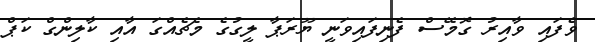
ވެފައި ވާއިރު ގޮމޭސް ފެނިފައިވަނީ ޔޫރަޕާ ލީގުގެ މެޗެއްގަ އާއި ކާލިންގް ކަޕް